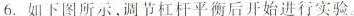
6.如下图所示，调节杠杆平衡后开始进行实验。